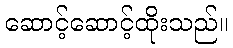
ဆောင့်ဆောင့်ထိုးသည်။